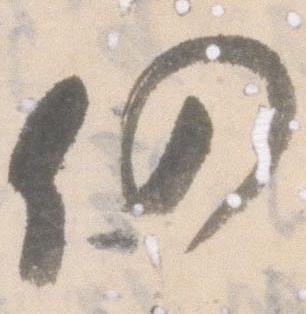
仍